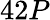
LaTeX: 42P